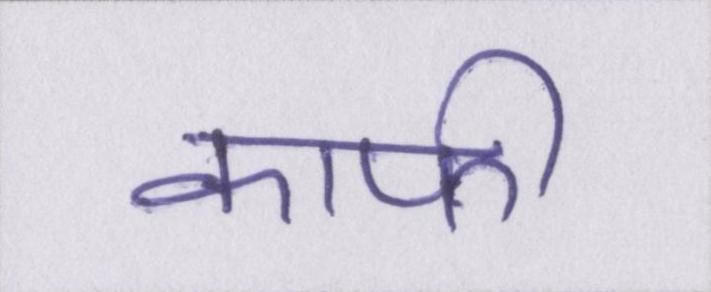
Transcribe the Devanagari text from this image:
काफी